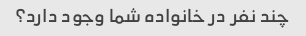
چند نفر در خانواده شما وجود دارد؟